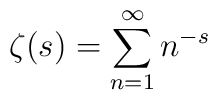
\zeta (s)=\sum\limits_{n=1}^{\infty }n^{-s}